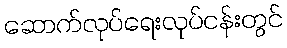
ဆောက်လုပ်ရေးလုပ်ငန်းတွင်